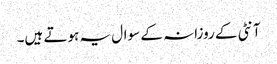
آنٹی کے روزانہ کے سوال یہ ہوتے ہیں۔